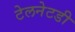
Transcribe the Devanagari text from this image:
टेलनेटडी